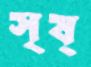
সৃষ্